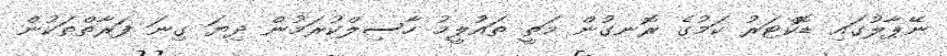
ނޭޕާލުގައި ޑޮކްޓަރު ކަމުގެ ރޮނގުން މަތީ ތައުލީމު ހާސިލްކުރަމުން ދިޔަ ގިނަ ފަރާތްތަކުން